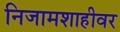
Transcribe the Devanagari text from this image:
निजामशाहीवर